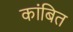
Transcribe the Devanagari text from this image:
कांबित